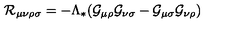
{ \cal R } _ { \mu \nu \rho \sigma } = - \Lambda _ { * } ( { \cal G } _ { \mu \rho } { \cal G } _ { \nu \sigma } - { \cal G } _ { \mu \sigma } { \cal G } _ { \nu \rho } )